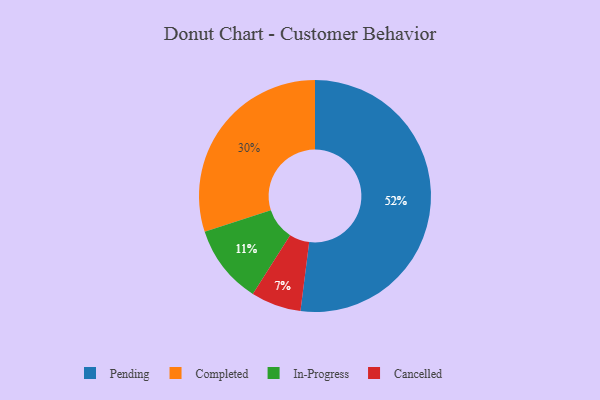
{"axis": {"x": "Category", "y": "Percentage"}, "legend": ["Cancelled", "Completed", "In-Progress", "Pending"], "data": [{"x": "Completed", "y": 30, "type": "Completed"}, {"x": "Cancelled", "y": 7, "type": "Cancelled"}, {"x": "Pending", "y": 52, "type": "Pending"}, {"x": "In-Progress", "y": 11, "type": "In-Progress"}]}